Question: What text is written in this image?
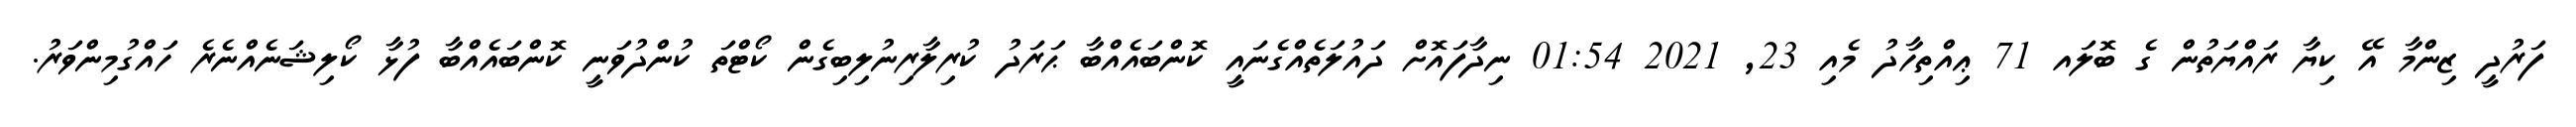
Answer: ފަރުދީ ޒިންމާ އޭ ކިޔާ ރައްޔަތުން ގެ ބޮލައ 71 ޢިއްތިހާދު މެއި 23, 2021 01:54 ނިދާފައޮށް ދައުލަތެއްގެނައީ ކޮންބައެއްބާ ޙަރަދު ކުރިލާރިނުލިބިގެން ކޯޓްތަ ކުންދުވަނީ ކޮންބައެއްބާ ފުޅާ ކޯލިޝަނެއްނެރެ ހައްގުމިންވަރު.